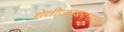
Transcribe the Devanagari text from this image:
शेतीउत्पादनातील